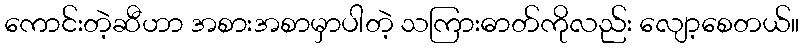
ကောင်းတဲ့ဆီဟာ အစားအစာမှာပါတဲ့ သကြားဓာတ်ကိုလည်း လျော့စေတယ်။